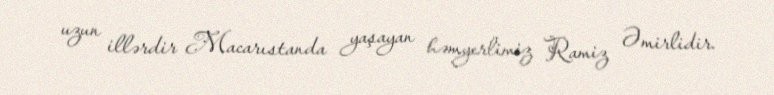
uzun illərdir Macarıstanda yaşayan həmyerlimiz Ramiz Əmirlidir.